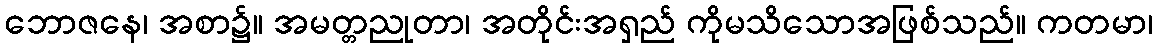
ဘောဇနေ၊ အစာ၌။ အမတ္တညုတာ၊ အတိုင်းအရှည် ကိုမသိသောအဖြစ်သည်။ ကတမာ၊